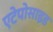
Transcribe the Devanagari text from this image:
एटेपोसाइड